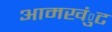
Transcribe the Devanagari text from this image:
आमखंुट